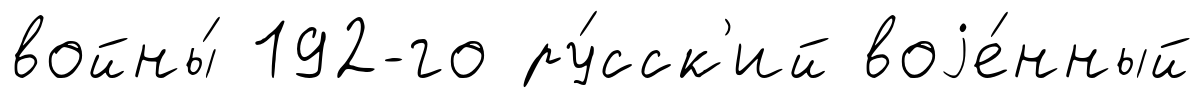
войны́ 192-го ру́сск'ий воjе́нный